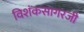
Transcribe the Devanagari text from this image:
विशंकसागरजी